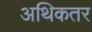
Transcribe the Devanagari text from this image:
अथिकतर